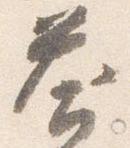
答